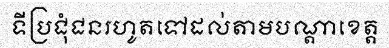
ទីប្រជុំជនរហូតទៅដល់តាមបណ្តាខេត្ត